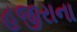
હજીરાના